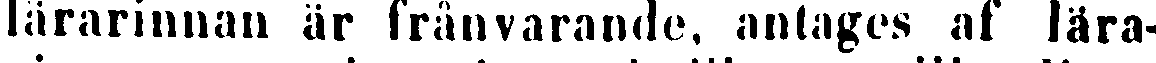
lärarinnan är frånvarande, antages af lära-